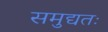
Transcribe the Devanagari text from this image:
समुद्यतः